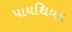
પાયથિયન